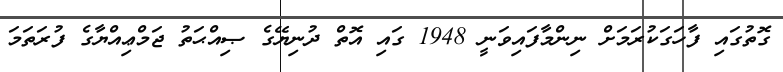
ގޮތުގައި ފާހަގަކުރަމަށް ނިންމާފައިވަނީ 1948 ގައި އޮތް ދުނިޔޭގެ ޞިއްޙަތު ޖަމްޢިއްޔާގެ ފުރަތަމަ